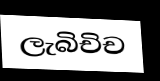
ලැබිචිච